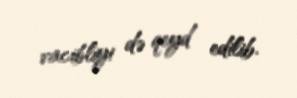
vacibliyi də qeyd edilib.